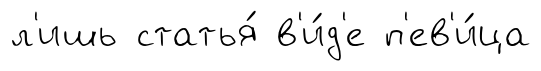
л'ишь статья́ в'и́д'е п'ев'и́ца